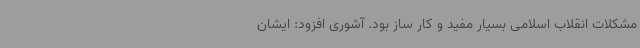
مشکلات انقلاب اسلامی بسیار مفید و کار ساز بود. آشوری افزود: ایشان